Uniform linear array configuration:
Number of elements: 32
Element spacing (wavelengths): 1
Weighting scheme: hann
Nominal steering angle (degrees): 60
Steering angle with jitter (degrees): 58.211
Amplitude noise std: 0.05
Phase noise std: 0.05

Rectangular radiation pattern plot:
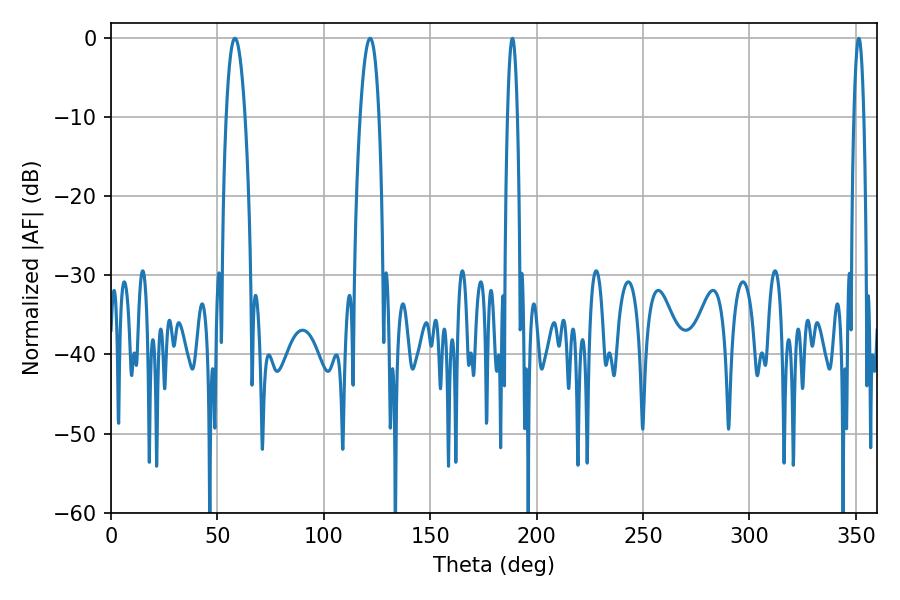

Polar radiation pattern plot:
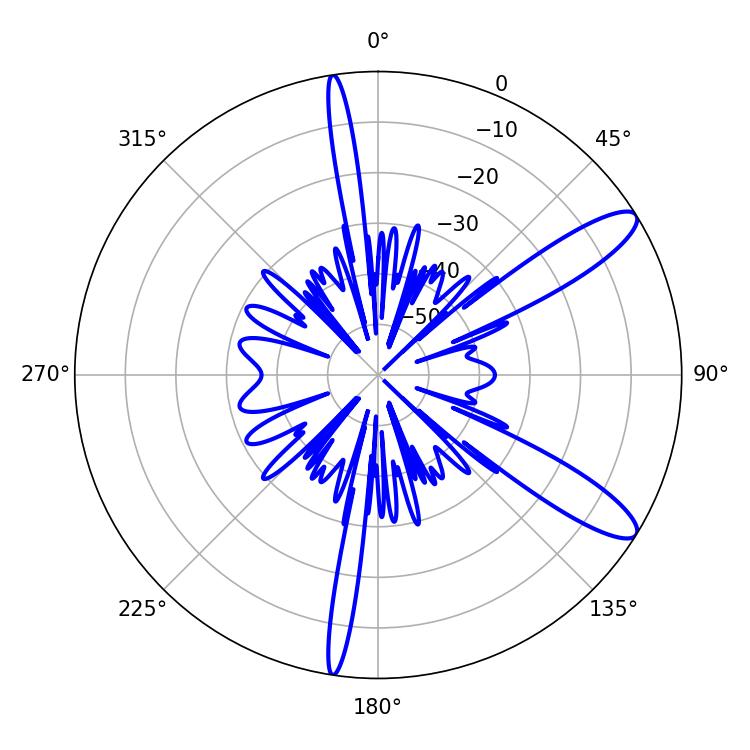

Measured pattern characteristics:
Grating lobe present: TRUE
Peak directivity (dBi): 11.475
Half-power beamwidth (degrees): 2.52
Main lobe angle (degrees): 351.36